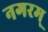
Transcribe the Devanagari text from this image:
नगरम्